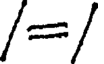
/=/